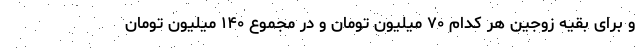
و برای بقیه زوجین هر کدام ۷۰ میلیون تومان و در مجموع ۱۴۰ میلیون تومان